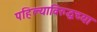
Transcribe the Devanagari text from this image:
पहिल्याविरुद्धच्या